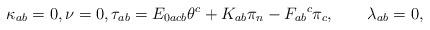
LaTeX: \begin{align*} \kappa_{ab}=0,\nu=0,\tau_{ab}=E_{0a c b} \theta^c +K_{ab} \pi_n -F_{ab}{}^c \pi_c,\qquad\lambda_{ab}=0, \end{align*}